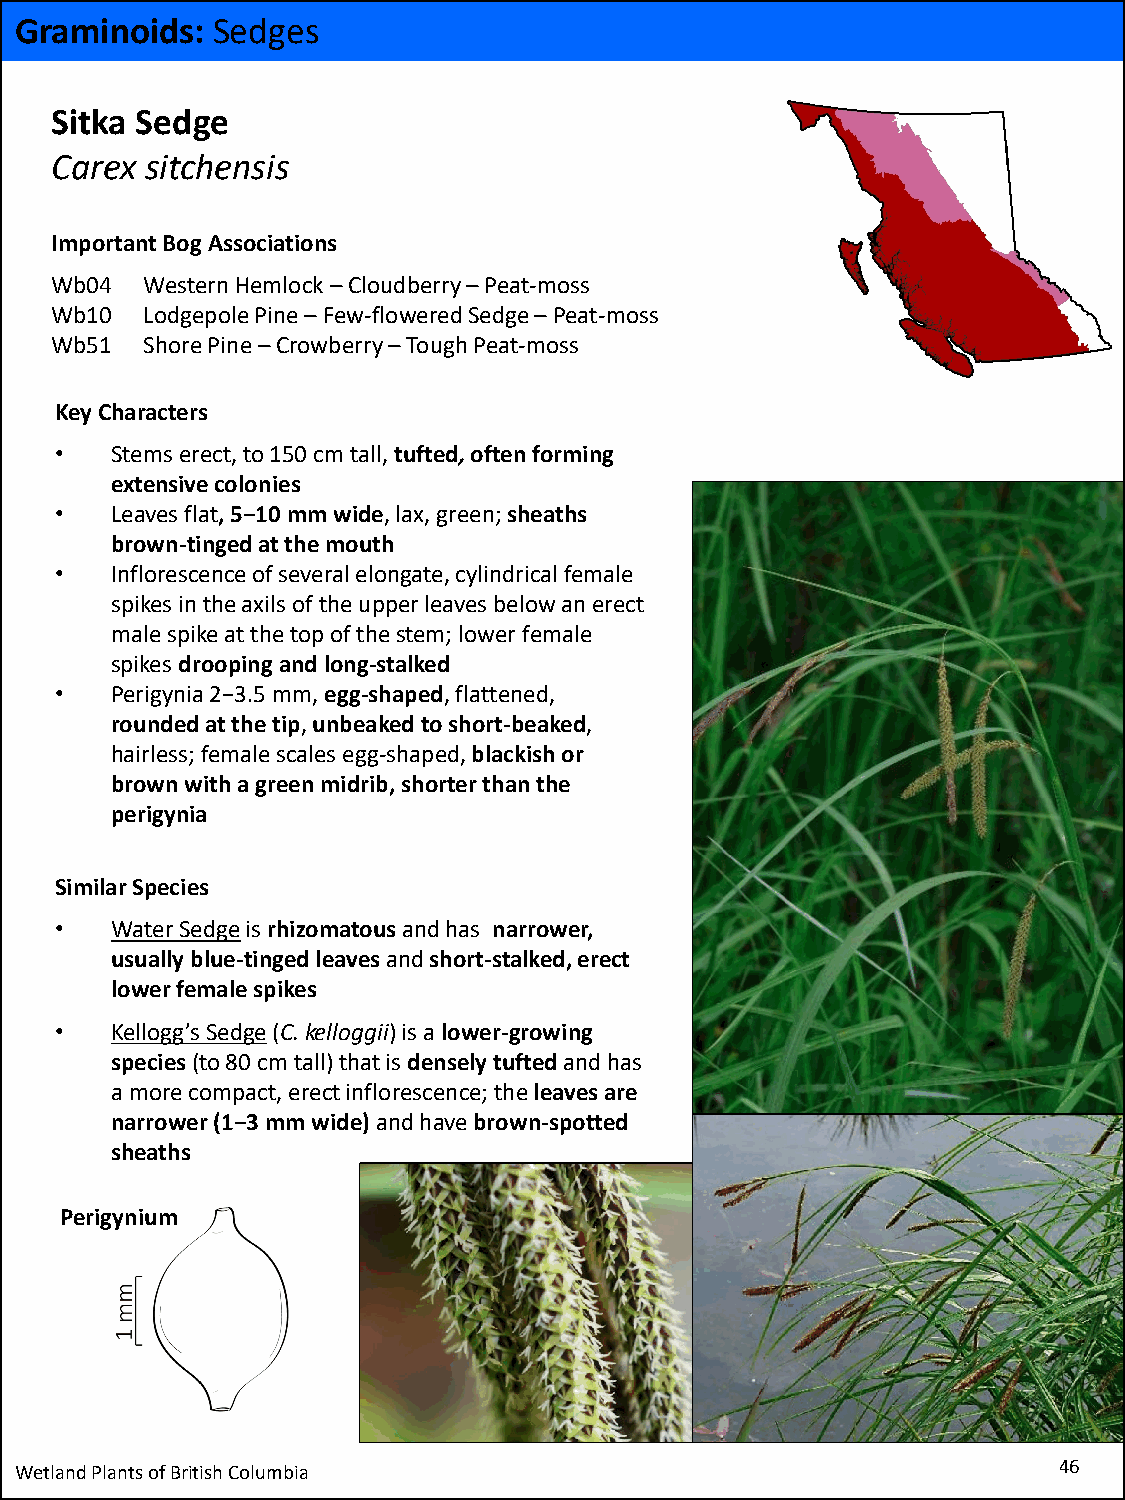
Graminoids:  Sedges
 Sitka Sedge
 Carex  sitchensis
 Important Bog Associations
 Wb04  Western Hemlock –Cloudberry –Peat-moss
 Wb10  LodgepolePine –Few-flowered Sedge –Peat-moss
 Wb51  Shore Pine –Crowberry –Tough Peat-moss
 Key Characters
 •  Stems erect, to 150 cm tall, tufted,often forming
 extensive colonies
 •  Leaves flat, 5−10 mm wide, lax, green; sheaths
 brown-tinged at the mouth
 •  Inflorescence of several elongate, cylindrical female
 spikes in the axils of the upper leaves below an erect
 male spike at the top of the stem; lower female
 spikes drooping and long-stalked
 •  Perigynia 2−3.5 mm, egg-shaped, flattened,
 rounded at the tip, unbeakedto short-beaked,
 hairless; female scales egg-shaped,blackish or
 brown with a green midrib, shorter than the
 perigynia
 Similar Species
 •  Water Sedgeisrhizomatous and has narrower,
 usually blue-tinged leaves and short-stalked, erect
 lower female spikes
 •  Kellogg’s Sedge(C. kelloggii) is a lower-growing
 species(to 80 cm tall) that is densely tufted and has
 a more compact, erect inflorescence; the leaves are
 narrower (1−3 mm wide)and have brown-spotted
 sheaths
 Perigynium
 Wetland Plants of British Columbia                                   46